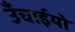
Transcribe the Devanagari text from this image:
उँचाईयो